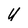
Character: U